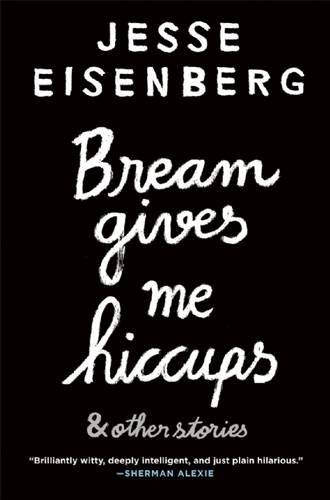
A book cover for Bream Gives Me Hiccups; Jesse Eisenberg; Literature & Fiction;